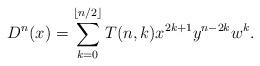
LaTeX: \begin{align*}D^n(x)=\sum_{k=0}^{\lfloor n/2\rfloor} T(n,k) x^{2k+1}y^{n-2k}w^k.\end{align*}